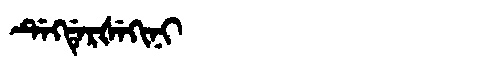
Manchu: ᡩᡝᡴᡩᡝᡵᡧᡝᡴᡳᠨᡳ
Romanization: DEKDERŠEKINI